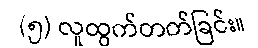
(၅) လူထွက်တတ်ခြင်း။